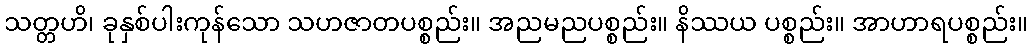
သတ္တဟိ၊ ခုနှစ်ပါးကုန်သော သဟဇာတပစ္စည်း။ အညမညပစ္စည်း။ နိဿယ ပစ္စည်း။ အာဟာရပစ္စည်း။